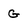
Character: G